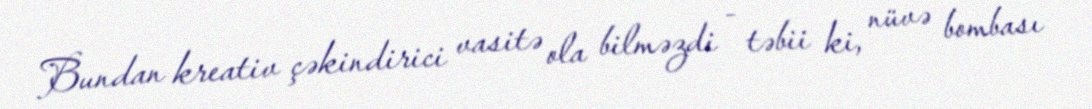
Bundan kreativ çəkindirici vasitə ola bilməzdi - təbii ki, nüvə bombası